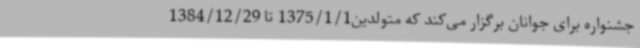
جشنواره برای جوانان برگزار می‌کند که متولدین1375/1/1 تا 1384/12/29